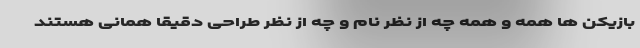
بازیکن ها همه و همه چه از نظر نام و چه از نظر طراحی دقیقا همانی هستند